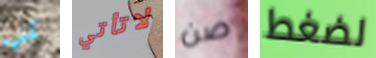
أنني لاتأتي صن لضغط